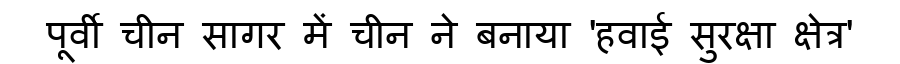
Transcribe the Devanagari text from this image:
पूर्वी चीन सागर में चीन ने बनाया 'हवाई सुरक्षा क्षेत्र'